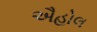
ઐહોલ